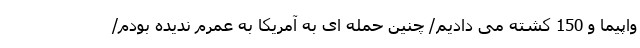
واپیما و 150 کشته می دادیم/ چنین حمله ای به آمریکا به عمرم ندیده بودم/